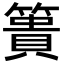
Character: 簣